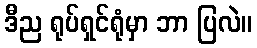
ဒီည ရုပ်ရှင်ရုံမှာ ဘာ ပြလဲ။